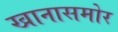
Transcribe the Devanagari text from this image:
खानासमोर